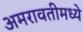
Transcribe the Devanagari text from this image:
अमरावतीमध्ये